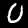
Digit: 0